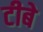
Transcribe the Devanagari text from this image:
टीबे